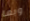
وبما